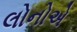
લોનોએ